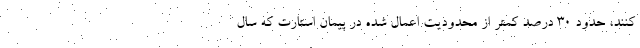
کنند، حدود ۳۰ درصد کمتر از محدودیت اعمال شده در پیمان استارت که سال